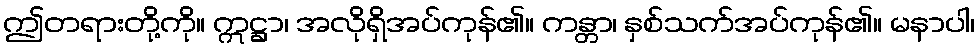
ဤတရားတို့ကို။ ဣဋ္ဌာ၊ အလိုရှိအပ်ကုန်၏။ ကန္တာ၊ နှစ်သက်အပ်ကုန်၏။ မနာပါ၊